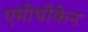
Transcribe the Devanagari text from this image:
एमीथोकेन